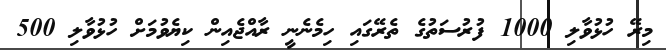
މިރޭ ހުޅުވާލި 1000 ފުރުސަތުގެ ތެރޭގައި ހިމެނެނީ ރާއްޖެއިން ކިޔެވުމަށް ހުޅުވާލި 500